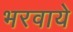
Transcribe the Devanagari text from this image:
भरवाये